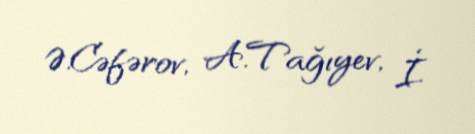
Ə.Cəfərov, A.Tağıyev, İ.